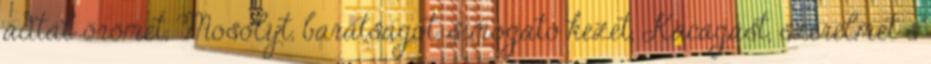
adtál örömet, Mosolyt, barátságot, simogató kezet, Kacagást, szerelmet s